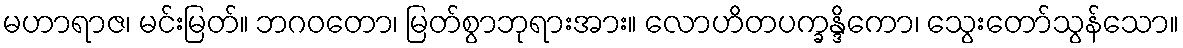
မဟာရာဇ၊ မင်းမြတ်။ ဘဂဝတော၊ မြတ်စွာဘုရားအား။ လောဟိတပက္ခန္ဒိကော၊ သွေးတော်သွန်သော။